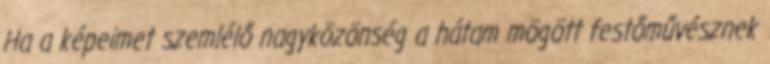
Ha a képeimet szemlélő nagyközönség a hátam mögött festőművésznek